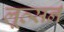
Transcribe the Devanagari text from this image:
लूत्सर्न